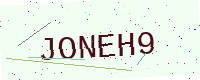
Text: JONEH9